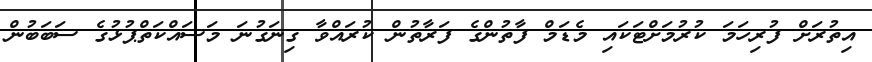
އިތުރަށް ފުރިހަމަ ކުރުމަށްޓަކައި މެޑަމް ފާތުންގެ ފަރާތުން ކުރައްވާ ގިނަގުނަ މަސައްކަތްޕުޅުގެ ސަބަބުން